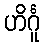
ဟိင်္ဂူ